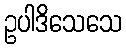
ဥပါဒိသေသေ